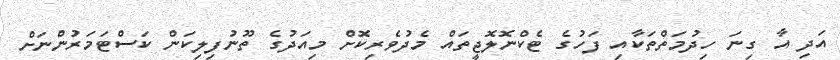
އަދި އާ ގިނަ ހިދުމަތްތަކާއި ފަހުގެ ޓެކްނޮލޮޖީތައް މެދުވެރިކޮށް މިއަދުގެ ތޫނުފިލިކަން ކަސްޓަމަރުންނަށް